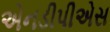
એનડીપીએસ